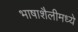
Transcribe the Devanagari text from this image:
भाषाशैलीमध्ये